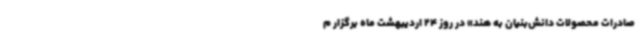
صادرات محصولات دانش‌بنیان به هند» در روز 24 اردیبهشت ماه برگزار م